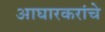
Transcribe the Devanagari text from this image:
आघारकरांचे